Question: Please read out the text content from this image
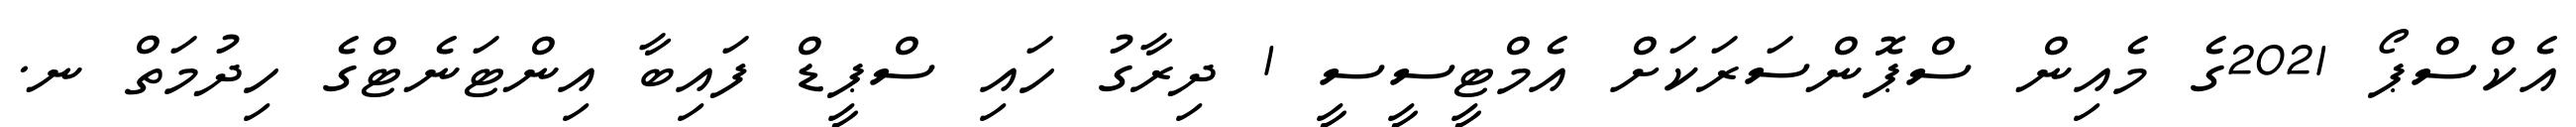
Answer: އެކްސްޕޯ 2021ގެ މެއިން ސްޕޮންސަރަކަށް އެމްޓީސީސީ 1 ދިރާގު ހައި ސްޕީޑް ފައިބާ އިންޓަނެޓްގެ ހިދުމަތް ނ.